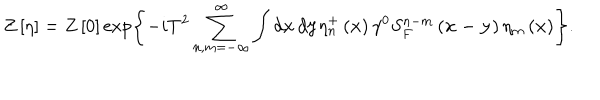
Z \left[ \eta \right] = Z \left[ 0 \right] \exp \left\{ - i T ^ { 2 } \sum _ { n , m = - \infty } ^ { \infty } \int d \mathbf { x \, } d \mathbf { y } \eta _ { n } ^ { + } \left( \mathbf { x } \right) \gamma ^ { 0 } S _ { F } ^ { n - m } \left( \mathbf { x - y } \right) \eta _ { m } \left( \mathbf { x } \right) \right\} .